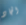
الجاد